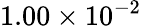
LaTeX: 1.00\times 10^{-2}